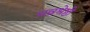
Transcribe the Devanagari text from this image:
धन्नश्रेष्ठी